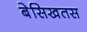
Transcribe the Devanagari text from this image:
बेसिखतस